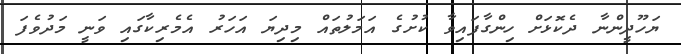
ޔަހޫދީންނާ ދެކޮޅަށް ހިންގާފައިވާ ކުށުގެ އަމަލުތައް މިދިޔަ އަހަރު އެމެރިކާގައި ވަނީ މަދުވެފަ